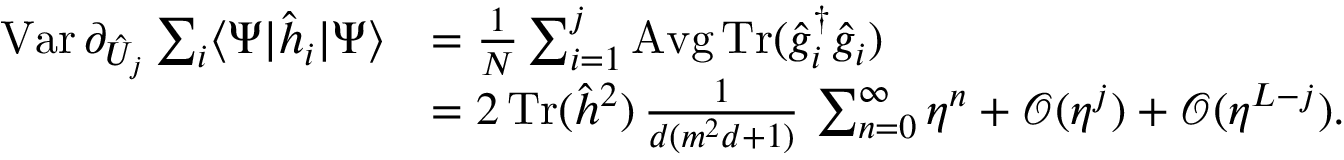
\begin{array} { r l } { \textstyle \operatorname { V a r } \partial _ { \hat { U } _ { j } } \sum _ { i } \langle \Psi | \hat { h } _ { i } | \Psi \rangle } & { \textstyle = \frac { 1 } { N } \sum _ { i = 1 } ^ { j } \operatorname { A v g } \operatorname { T r } ( \hat { g } _ { i } ^ { \dag } \hat { g } _ { i } ) } \\ & { \textstyle = 2 \operatorname { T r } ( \hat { h } ^ { 2 } ) \, \frac { 1 } { d ( m ^ { 2 } d + 1 ) } \, \sum _ { n = 0 } ^ { \infty } \eta ^ { n } + \mathcal { O } ( \eta ^ { j } ) + \mathcal { O } ( \eta ^ { L - j } ) . } \end{array}